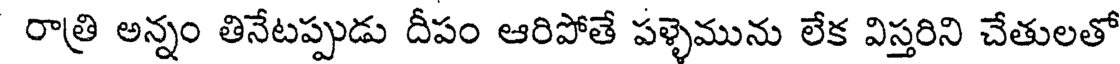
రాత్రి అన్నం తినేటప్పుడు దీపం ఆరిపోతే పళ్ళెమును లేక విస్తరిని చేతులతో